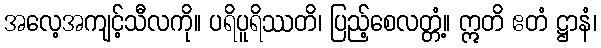
အလေ့အကျင့်သီလကို။ ပရိပူရိဿတိ၊ ပြည့်စေလတ္တံ့။ ဣတိ ဧတံ ဋ္ဌာနံ၊